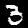
Digit: 3